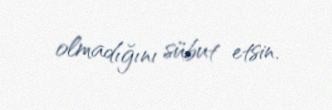
olmadığını sübut etsin.